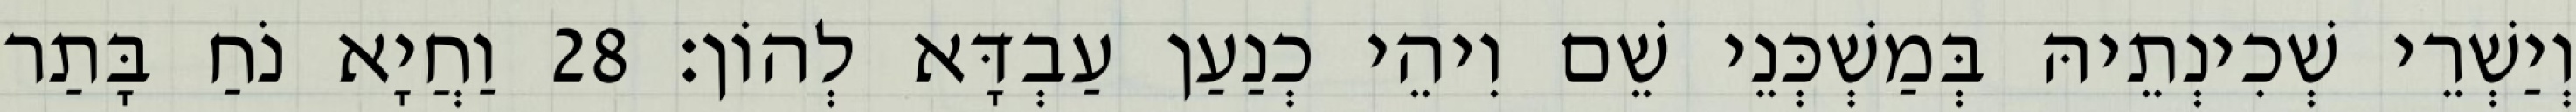
וְיַשְׁרֵי שְׁכִינְתֵיהּ בְּמַשְׁכְּנֵי שֵׁם וִיהֵי כְנַעַן עַבְדָּא לְהוֹן׃ 28 וַחֲיָא נֹחַ בָּתַר